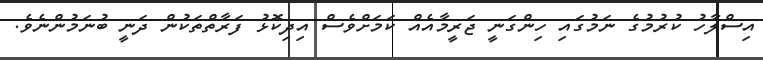
އިސްލާހު ކުރުމުގެ ނަމުގައި ހިންގަނީ ޖަރީމާއެއް ކަމަށްވެސް އިދިކޮޅު ފަރާތްތަކުން ދަނީ ބުނަމުންނެވެ.